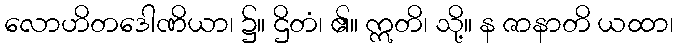
လောဟိတဒေါဏိယာ၊ ၌။ ဌိတံ၊ ၏။ ဣတိ၊ သို့။ န ဇာနာတိ ယထာ၊